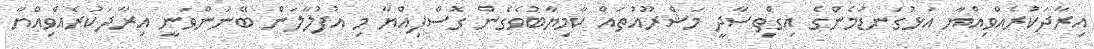
އިރާދަކުރެއްވިއްޔާ އަޅުގަނޑުމެންގެ އިގްތިސާދީ މަޝްރޫއުތައް ކާމިޔާބުވެގެން ގޮސްފިއްޔާ މި އުފުލާލަން ބޭނުންވަނީ އިރާދަކުރެއްވިއްޔާ